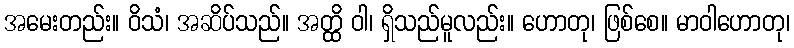
အမေးတည်း။ ဝိသံ၊ အဆိပ်သည်။ အတ္ထိ ဝါ၊ ရှိသည်မူလည်း။ ဟောတု၊ ဖြစ်စေ။ မာဝါဟောတု၊